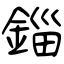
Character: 錙